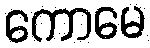
ကောမေ